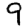
Digit: 9